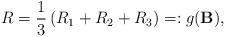
LaTeX: \begin{align*} R &= \frac{1}{3} \left( R_1 + R_2 + R_3 \right) =: g({\bf B} ), \end{align*}